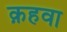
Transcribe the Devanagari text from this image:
क़हवा